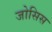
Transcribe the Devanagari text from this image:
जोसिस